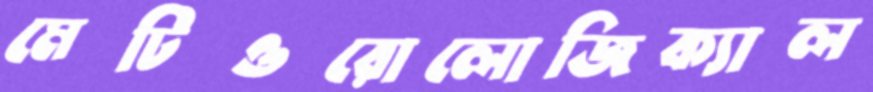
মেটিওরোলোজিক্যাল